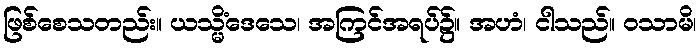
ဖြစ်စေသတည်း။ ယသ္မိံဒေသေ၊ အကြင်အရပ်၌။ အဟံ၊ ငါသည်။ ဝသာမိ၊